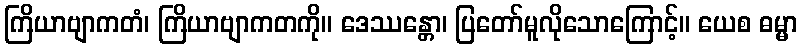
ကြိယာဗျာကတံ၊ ကြိယာဗျာကတကို။ ဒေဿန္တော၊ ပြတော်မူလိုသောကြောင့်။ ယေစ ဓမ္မာ